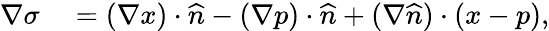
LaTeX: \begin{array}{rl}{\nabla\sigma}&{{}=(\nabla x)\cdot\widehat{n}-(\nabla p)\cdot\widehat{n}+(\nabla\widehat{n})\cdot(x-p),}\end{array}